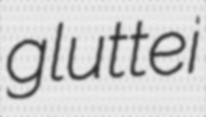
gluttei